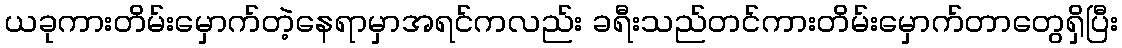
ယခုကားတိမ်းမှောက်တဲ့နေရာမှာအရင်ကလည်း ခရီးသည်တင်ကားတိမ်းမှောက်တာတွေရှိပြီး